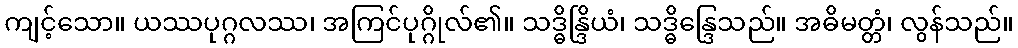
ကျင့်သော။ ယဿပုဂ္ဂလဿ၊ အကြင်ပုဂ္ဂိုလ်၏။ သဒ္ဓိန္ဒြိယံ၊ သဒ္ဓိန္ဒြေသည်။ အဓိမတ္တံ၊ လွန်သည်။